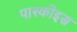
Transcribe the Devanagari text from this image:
पास्कोइस